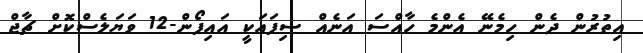
އިތުރުން ދެން ހިމެނޭ އެންމެ ހާއްސަ އަނެއް ސިފައަކީ އައިފޯން-12 ވަޔަލެސްކޮށް ޗާޖް